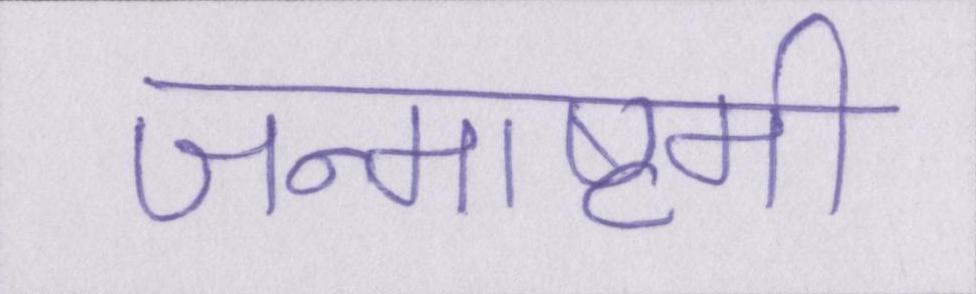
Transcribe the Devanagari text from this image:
जन्माष्टमी